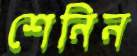
শেনিন